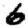
Digit: 6